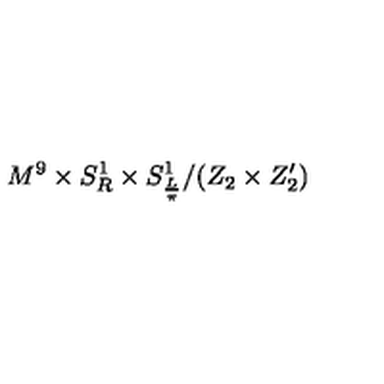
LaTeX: M ^ { 9 } \times S _ { R } ^ { 1 } \times S _ { \frac { L } { \pi } } ^ { 1 } / ( Z _ { 2 } \times Z _ { 2 } ^ { \prime } )